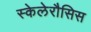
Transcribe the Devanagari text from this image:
स्केलेरौसिस